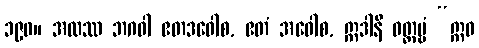
၁၉၀။ အထဿ ဘဂဝါ ဧတဒဝေါစ, ဧတံ အဝေါစ, ဣဒါနိ ဝတ္တဗ္ဗံ “ဣဓ